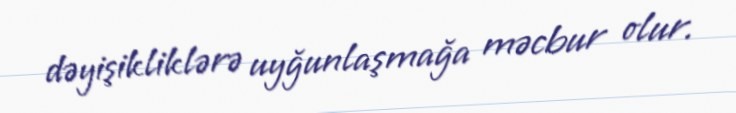
dəyişikliklərə uyğunlaşmağa məcbur olur.